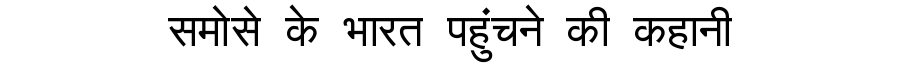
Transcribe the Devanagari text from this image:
समोसे के भारत पहुंचने की कहानी